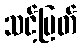
သင့်မြတ်